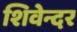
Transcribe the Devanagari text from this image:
शिवेन्दर